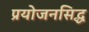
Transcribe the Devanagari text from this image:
प्रयोजनसिद्ध